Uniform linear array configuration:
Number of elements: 24
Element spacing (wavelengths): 0.75
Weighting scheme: uniform
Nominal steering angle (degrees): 30
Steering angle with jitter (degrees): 31.889
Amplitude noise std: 0.05
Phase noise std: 0.05

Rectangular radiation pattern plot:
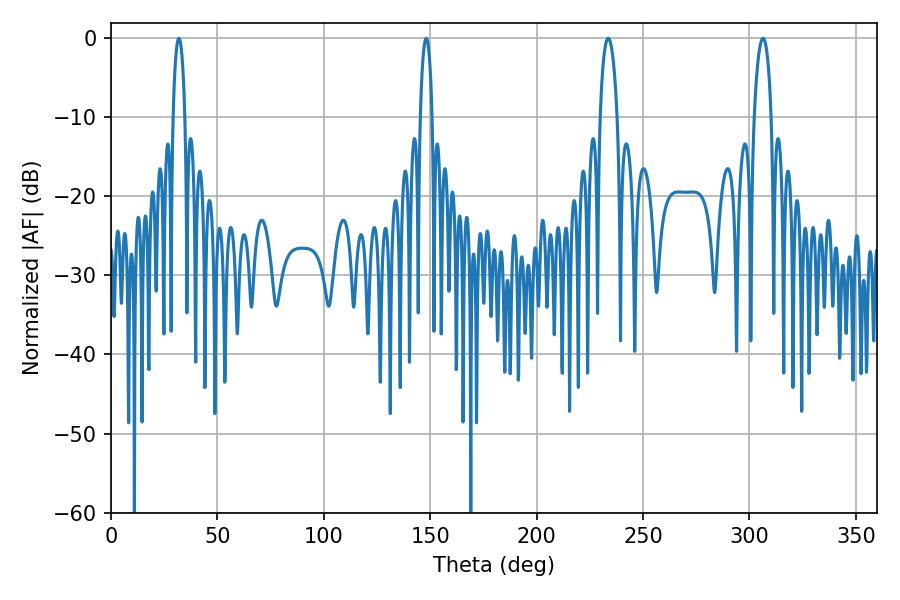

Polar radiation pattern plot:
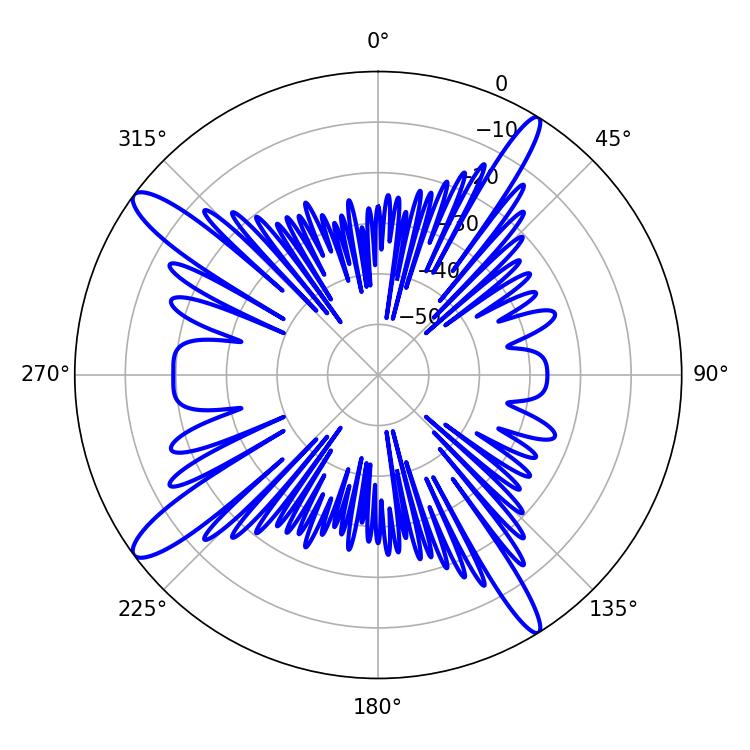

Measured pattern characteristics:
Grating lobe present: TRUE
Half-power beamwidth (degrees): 4.5
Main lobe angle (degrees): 233.64